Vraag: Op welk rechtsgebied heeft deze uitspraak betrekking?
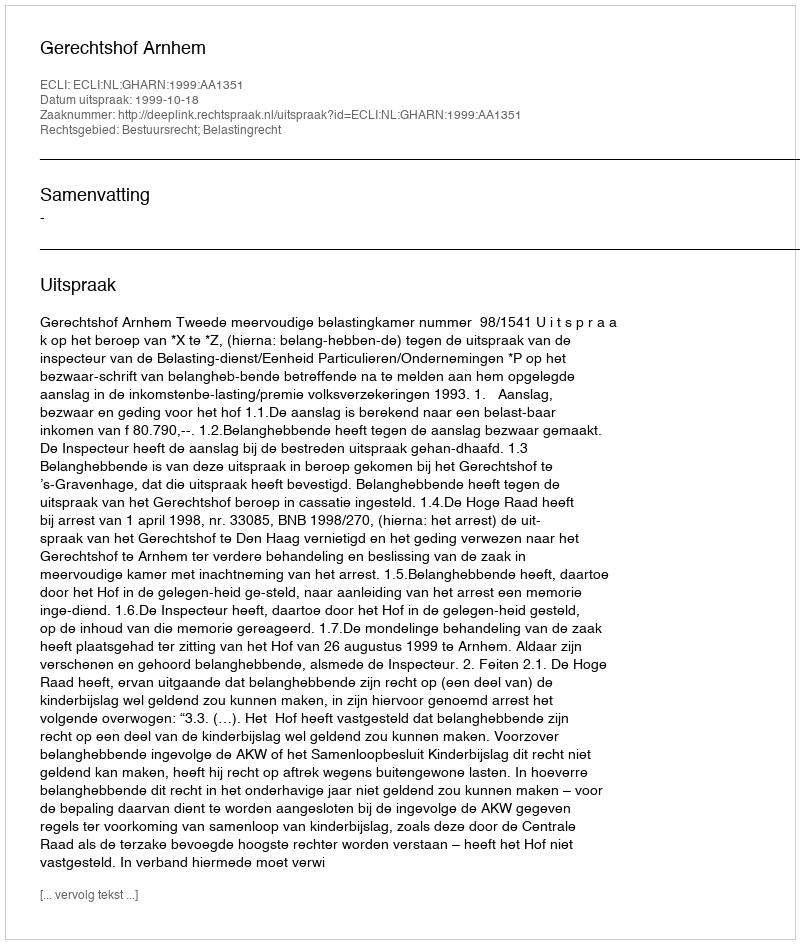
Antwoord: Bestuursrecht; Belastingrecht